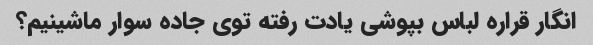
انگار قراره لباس بپوشی یادت رفته توی جاده سوار ماشینیم؟